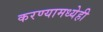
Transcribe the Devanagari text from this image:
करण्यामध्येही